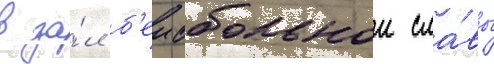
в за́л б'еисбольнои сла́вы